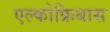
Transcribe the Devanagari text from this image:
एल्कोफ्रिबास